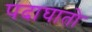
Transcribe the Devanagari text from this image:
पदाघातो